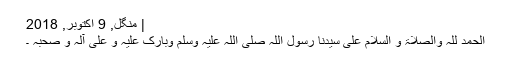
| منگل, 9 اکتوبر, 2018
الحمد للہ والصلاۃ و السلام علی سیدنا رسول اللہ صلی اللہ علیہ وسلم وبارک علیہ و علی آلہ و صحبہ ۔